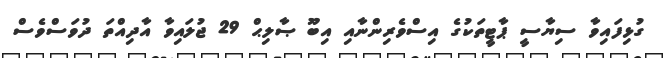
ގުޅިފައިވާ ސިޔާސީ ޕާޓީތަކުގެ އިސްވެރިންނާއި އިބޫ ޞާލިޙް 29 ޖުލައިވާ އާދިއްތަ ދުވަސްވެސް